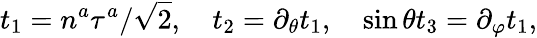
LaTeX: t_{1}=n^{a}\tau^{a}/\sqrt{2},\quad t_{2}=\partial_{\theta}t_{1},\quad\sin\theta t_{3}=\partial_{\varphi}t_{1},